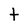
Character: t